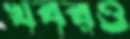
খবরও